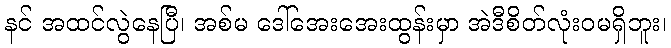
နင် အထင်လွဲနေပြီ၊ အစ်မ ဒေါ်အေးအေးထွန်းမှာ အဲဒီစိတ်လုံးဝမရှိဘူး၊